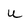
Character: u